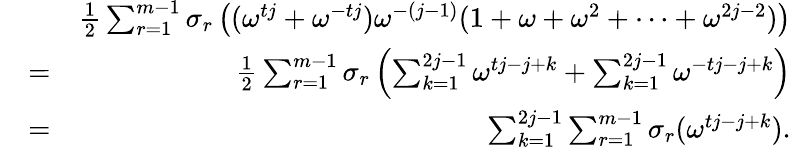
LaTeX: \begin{array}{rlr}&{}&{\frac{1}{2}\sum_{r=1}^{m-1}\sigma_{r}\left((\omega^{tj}+\omega^{-tj})\omega^{-(j-1)}(1+\omega+\omega^{2}+\cdots+\omega^{2j-2})\right)}\\ &{=}&{\frac{1}{2}\sum_{r=1}^{m-1}\sigma_{r}\left(\sum_{k=1}^{2j-1}\omega^{tj-j+k}+\sum_{k=1}^{2j-1}\omega^{-tj-j+k}\right)}\\ &{=}&{\sum_{k=1}^{2j-1}\sum_{r=1}^{m-1}\sigma_{r}(\omega^{tj-j+k}).}\end{array}